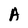
Character: A